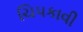
ચિપકાવી